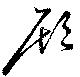
顧